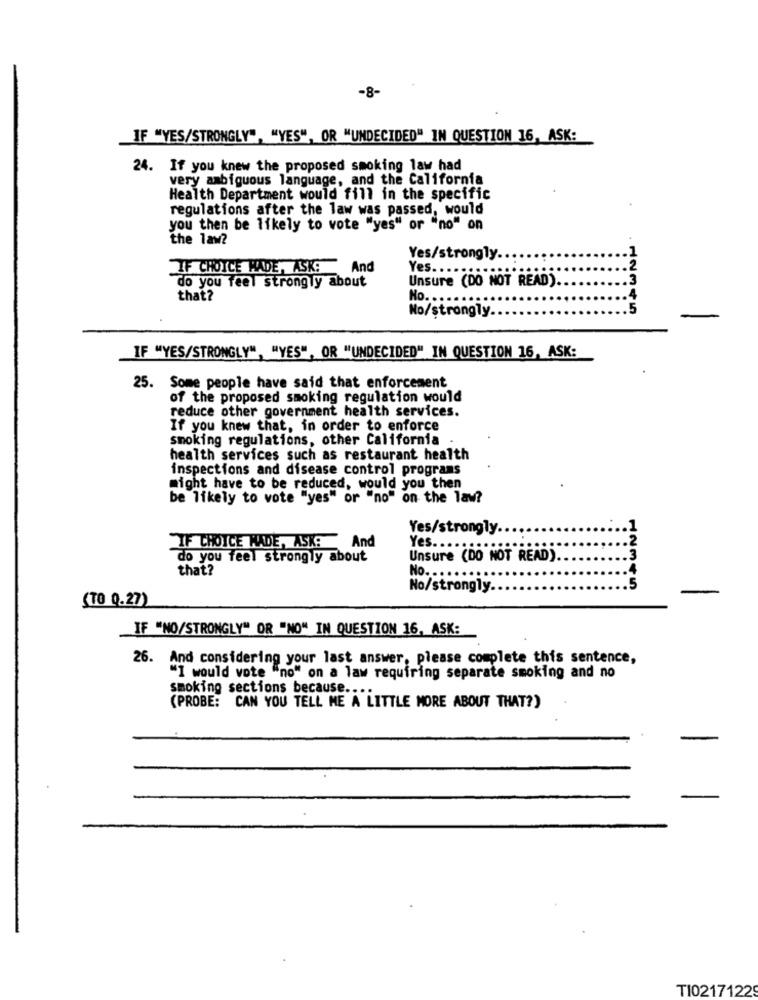
-8-
IF "YES/STRONGLY", "YES", OR "UNDECIDED" IN QUESTION 16, ASK:
24. If you knew the proposed smoking law had
very ambiguous language, and the California
Health Department would fill in the specific
regulations after the law was passed, would
you then be likely to vote "yes" or "no" on
the law?
Yes/strongly.
IF CHOICE HADE, ASK: And
Yes. ...
Unsure (DO NOT READ).
do you feel strongly about
that?
No. ...
4
No/strongly.
5
. 12345
IF "YES/STRONGLY", "YES", OR "UNDECIDED" IN QUESTION 16, ASK:
25. Some people have said that enforcement
of the proposed smoking regulation would
reduce other government health services.
If you knew that, in order to enforce
smoking regulations, other California .
health services such as restaurant health
inspections and disease control programs
might have to be reduced, would you then
be likely to vote "yes" or "no" on the law?
Yes/strongly ..
IF CHOICE MADE, ASK: And
Yes ..
do you feel strongly about
Unsure (DO NOT READ)
that?
No. ..
No/strongly.
(TO 0.27)
IF "NO/STRONGLY" OR "NO" IN QUESTION 16, ASK:
26. And considering your last answer, please complete this sentence,
"I would vote "no" on a law requiring separate smoking and no
smoking sections because ...
(PROBE: CAN YOU TELL ME A LITTLE MORE ABOUT THAT?)
TI02171229